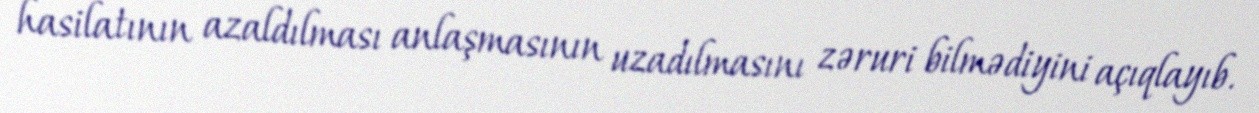
hasilatının azaldılması anlaşmasının uzadılmasını zəruri bilmədiyini açıqlayıb.